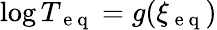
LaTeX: \log T_{\mathrm{~e~q~}}=g(\xi_{\mathrm{~e~q~}})